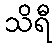
သိရီ